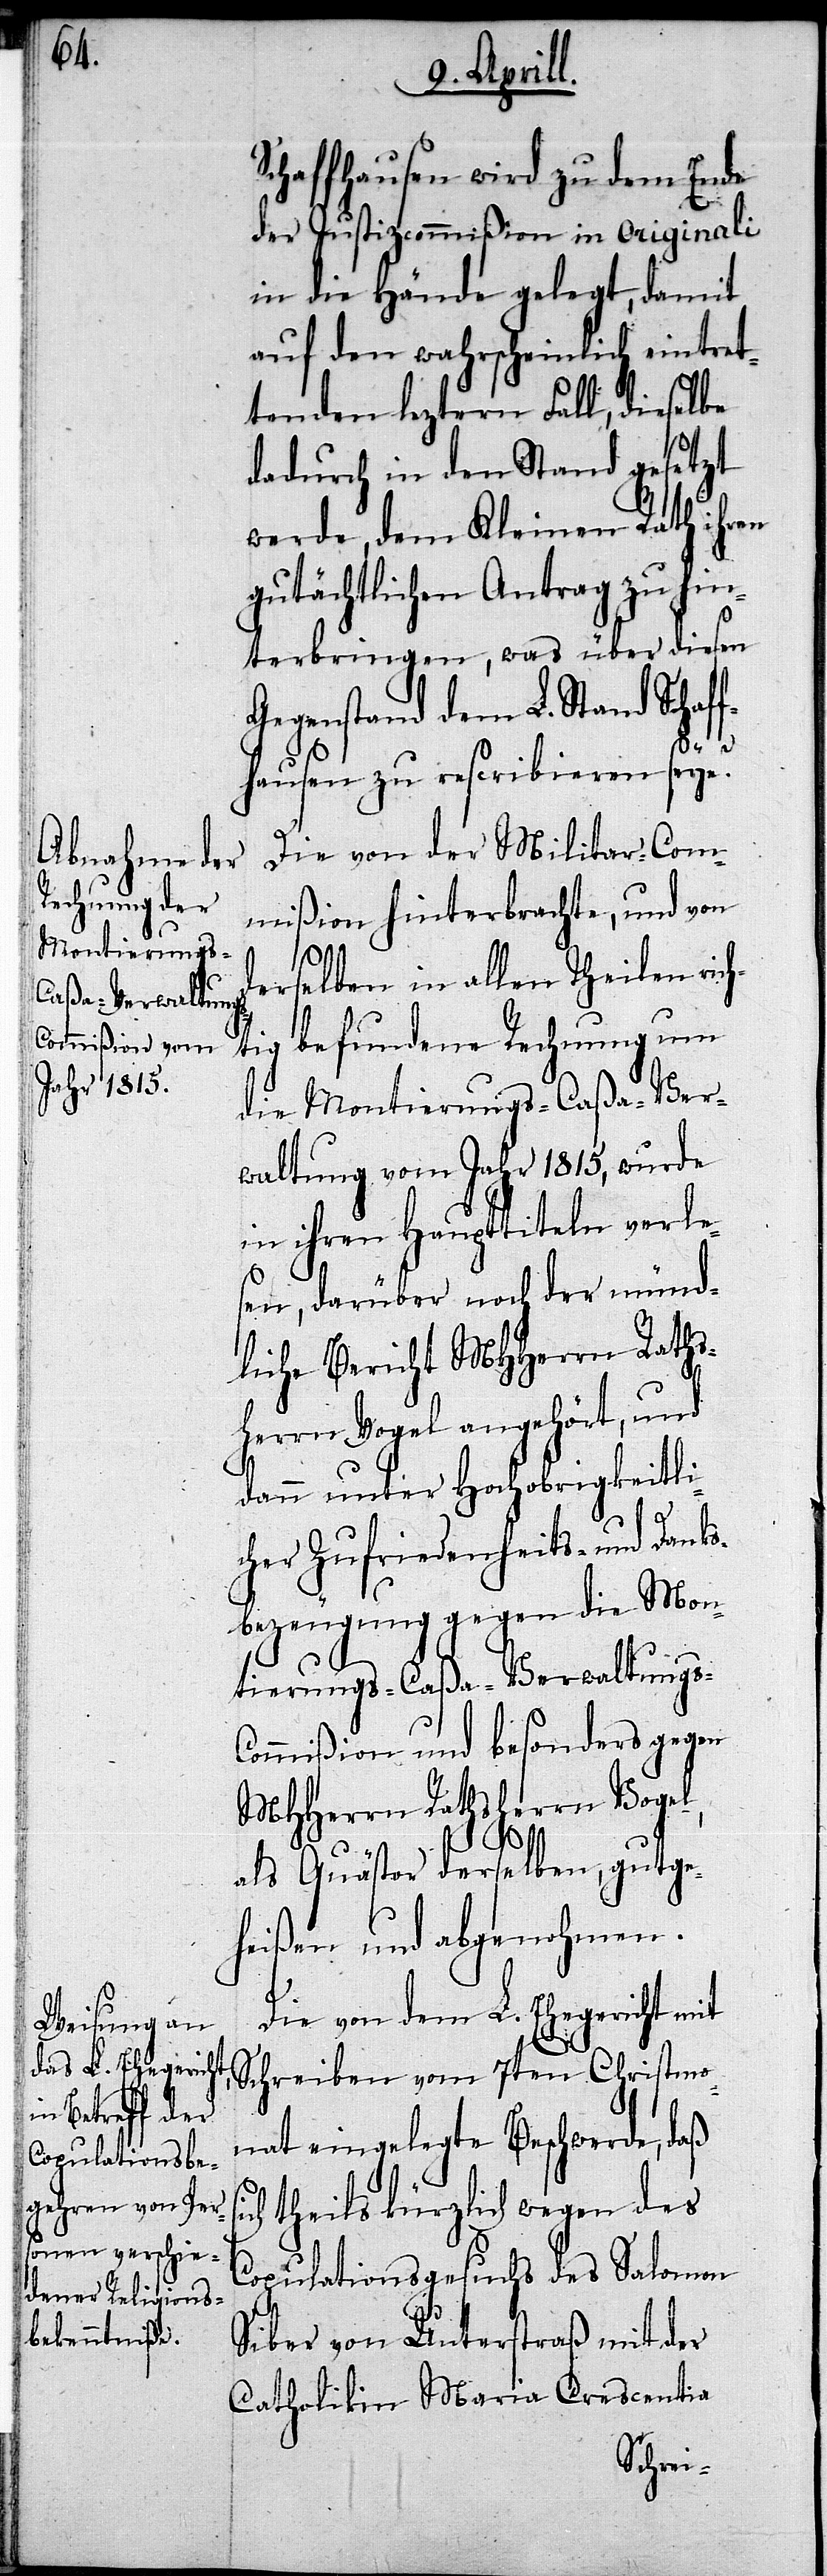
Schaffhausen wird zu dem Ende
der Justizcommißion in originali
in die Hände gelegt, damit
auf den wahrscheinlich eintre¬
tenden leztern Fall, dieselbe
dadurch in den Stand gesetzt
werde, dem Kleinen Rath ihren
gutächtlichen Antrag zu hin¬
terbringen, was über diesen
Gegenstand dem L. Stand Schaf¬
si¬
fhausen zu rescribieren seye?
Die von der Militar-Com¬
mißion hinterbrachte, und von
derselben in allen Theilen rich¬
tig befundene Rechnung um
die Montierungs-Caßa-Ver¬
waltung vom Jahr 1815, wurde
in ihren Haupttiteln verle¬
sen, darüber noch der münd¬
liche Bericht MHHerrn Raths¬
herrn Vogel angehört, und
dann unter Hochobrigkeitli¬
cher Zufriedenheits- und Danks¬
bezeugung gegen die Mon¬
tierungs-Caßa-Verwaltungs-C¬
ommißion und besonders gegen
MHHerren Rathsherrn Vogel
als Quästor derselben, gutge¬
heißen und abgenohmen.
Die von dem L. Ehegericht mit
Schreiben vom 7ten Christmo¬
nat eingelegte Beschwerde, daß
ch theils kürzlich wegen des
Copulationsgesuchs des Salomon
Siber von Unterstraß mit der
Catholikin Maria Crescentia